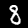
Digit: 8